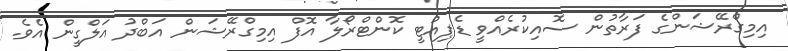
އިމިގްރޭޝަންގެ ފަރާތުން ސޮއިކުރެއްވީ ޑެޕިއުޓީ ކޮންޓްރޯލާ އޮފް އިމިގްރޭޝަން އަބްދު އަލްގީން އެވެ.